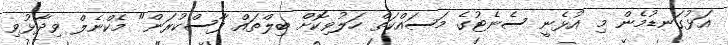
އަޅުގަނޑުމެން މި އުޅެނީ ސެނެޓުގެ މަސައްކަތް ހަލުވިކޮށް ބިލްތައް ފާސްކުރަން" މެކްނެލް ވިދާޅުވި